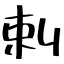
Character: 剌